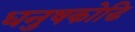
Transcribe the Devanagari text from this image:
धनुषकोडि